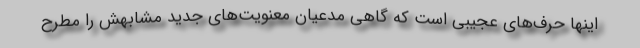
اینها حرف‌های عجیبی است که گاهی مدعیان معنویت‌های جدید مشابهش را مطرح